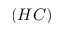
( H C )